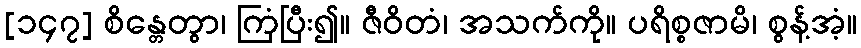
[၁၄၇] စိန္တေတွာ၊ ကြံပြီး၍။ ဇီဝိတံ၊ အသက်ကို။ ပရိစ္စဇာမိ၊ စွန့်အံ့။